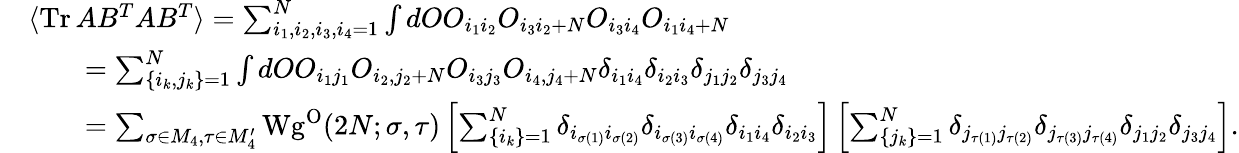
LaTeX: \begin{array}{rl}&{\langle\mathrm{Tr}\, AB^{T}AB^{T}\rangle=\sum_{i_{1},i_{2},i_{3},i_{4}=1}^{N}\int dOO_{i_{1}i_{2}}O_{i_{3}i_{2}+N}O_{i_{3}i_{4}}O_{i_{1}i_{4}+N}}\\ &{\qquad=\sum_{\lbrace i_{k},j_{k}\rbrace=1}^{N}\int dOO_{i_{1}j_{1}}O_{i_{2},j_{2}+N}O_{i_{3}j_{3}}O_{i_{4},j_{4}+N}\delta_{i_{1}i_{4}}\delta_{i_{2}i_{3}}\delta_{j_{1}j_{2}}\delta_{j_{3}j_{4}}}\\ &{\qquad=\sum_{\sigma\in M_{4},\tau\in M_{4}^{\prime}}\mathrm{Wg}^{\mathrm{O}}(2N;\sigma,\tau)\left[\sum_{\lbrace i_{k}\rbrace=1}^{N}\delta_{i_{\sigma(1)}i_{\sigma(2)}}\delta_{i_{\sigma(3)}i_{\sigma(4)}}\delta_{i_{1}i_{4}}\delta_{i_{2}i_{3}}\right]\left[\sum_{\lbrace j_{k}\rbrace=1}^{N}\delta_{j_{\tau(1)}j_{\tau(2)}}\delta_{j_{\tau(3)}j_{\tau(4)}}\delta_{j_{1}j_{2}}\delta_{j_{3}j_{4}}\right].}\end{array}